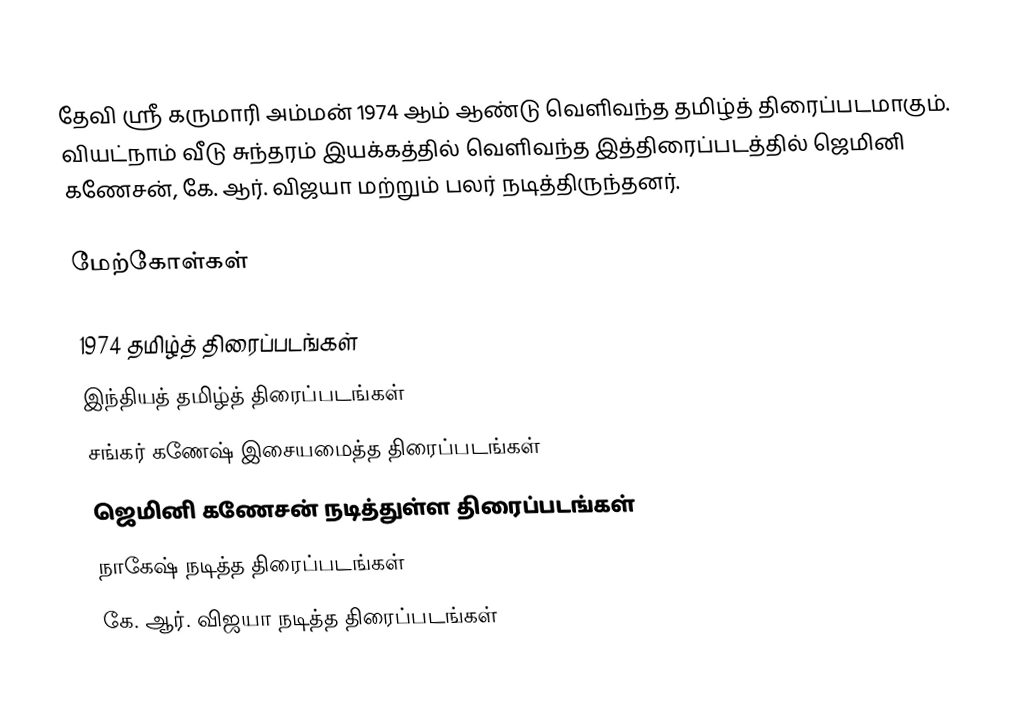
தேவி ஸ்ரீ கருமாரி அம்மன் 1974 ஆம் ஆண்டு வெளிவந்த தமிழ்த் திரைப்படமாகும். வியட்நாம் வீடு சுந்தரம் இயக்கத்தில் வெளிவந்த இத்திரைப்படத்தில் ஜெமினி கணேசன், கே. ஆர். விஜயா மற்றும் பலர் நடித்திருந்தனர்.

மேற்கோள்கள்

1974 தமிழ்த் திரைப்படங்கள்
இந்தியத் தமிழ்த் திரைப்படங்கள்
சங்கர் கணேஷ் இசையமைத்த திரைப்படங்கள்
ஜெமினி கணேசன் நடித்துள்ள திரைப்படங்கள்
நாகேஷ் நடித்த திரைப்படங்கள்
கே. ஆர். விஜயா நடித்த திரைப்படங்கள்